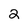
Character: 2